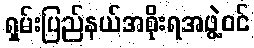
ရှမ်းပြည်နယ်အစိုးရအဖွဲ့ဝင်